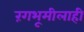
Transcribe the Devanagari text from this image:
रंगभूमीलाही